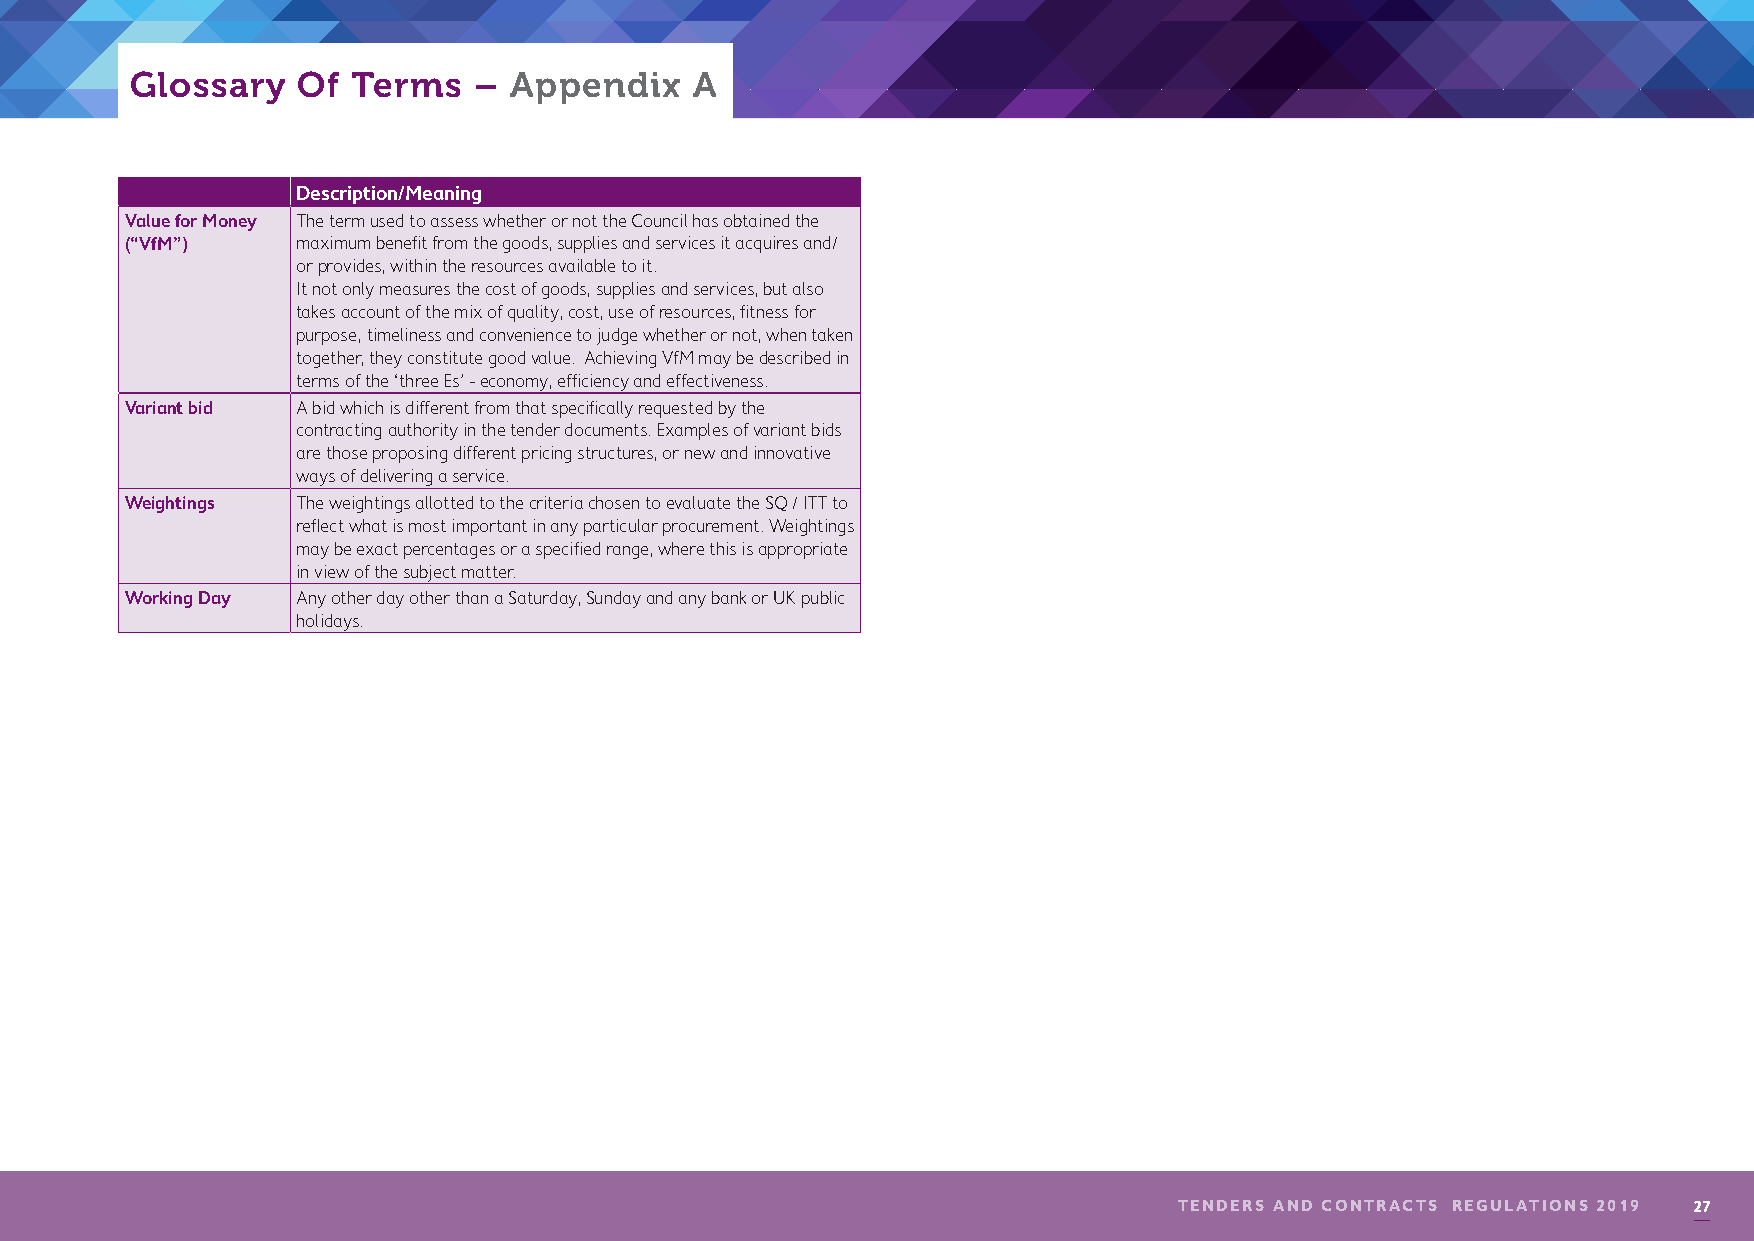
Glossary   Of Terms   –  Appendix    A
 Terms       Description/Meaning
 Value for Money The term used to assess whether or not the Council has obtained the
 (“VfM”)     maximum benefit from the goods, supplies and services it acquires and/
 or provides, within the resources available to it.
 It not only measures the cost of goods, supplies and services, but also
 takes account of the mix of quality, cost, use of resources, fitness for
 purpose, timeliness and convenience to judge whether or not, when taken
 together, they constitute good value. Achieving VfM may be described in
 terms of the ‘three Es’ - economy, efficiency and effectiveness.
 Variant bid A bid which is different from that specifically requested by the
 contracting authority in the tender documents. Examples of variant bids
 are those proposing different pricing structures, or new and innovative
 ways of delivering a service.
 Weightings  The weightings allotted to the criteria chosen to evaluate the SQ / ITT to
 reflect what is most important in any particular procurement. Weightings
 may be exact percentages or a specified range, where this is appropriate
 in view of the subject matter.
 Working Day Any other day other than a Saturday, Sunday and any bank or UK public
 holidays.
 TENDERS AND CONTRACTS REGULATIONS 2019 27